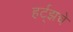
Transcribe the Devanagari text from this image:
हर्ट्‌झचे